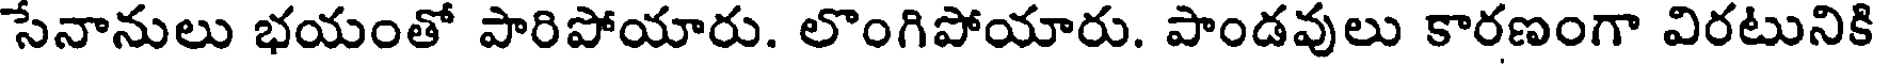
సేనానులు భయంతో పారిపోయారు. లొంగిపోయారు. పాండవులు కారణంగా విరటునికి